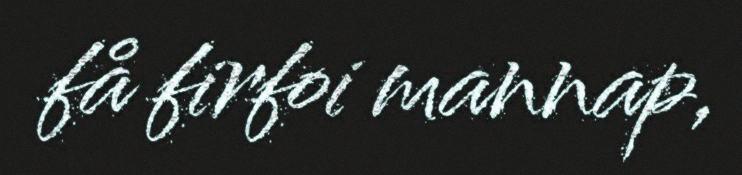
få firfoi mannap,